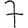
Digit: 7